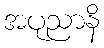
အပုညာနိ